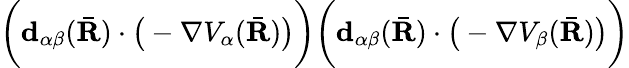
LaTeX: \bigg(\textbf{d}_{\alpha\beta}(\bar{\textbf{R}})\cdot\big(-\nabla V_{\alpha}({\bar{\textbf{R}}})\big)\bigg)\bigg(\textbf{d}_{\alpha\beta}(\bar{\textbf{R}})\cdot\big(-\nabla V_{\beta}({\bar{\textbf{R}}})\big)\bigg)